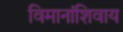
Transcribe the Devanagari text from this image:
विमानांशिवाय